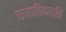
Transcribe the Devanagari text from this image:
साप्ताहिकरात्रि